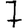
Digit: 7